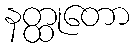
နတ္ထုတော